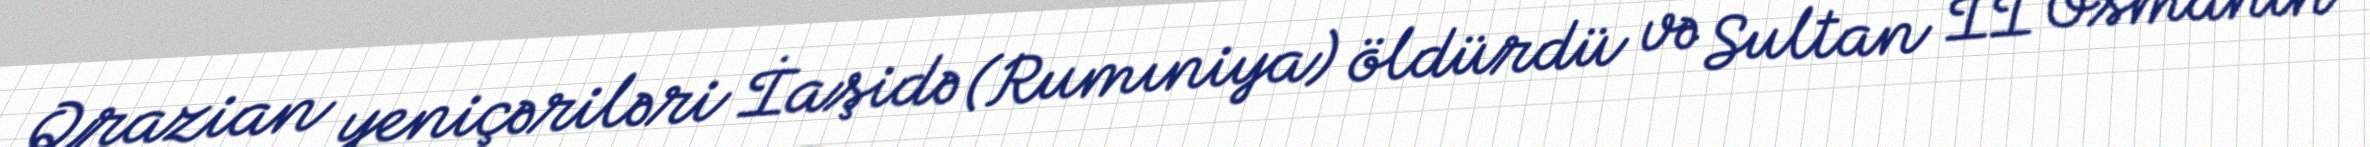
Qrazian yeniçəriləri İaşidə (Rumıniya) öldürdü və Sultan II Osmanın